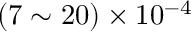
( 7 \sim 2 0 ) \times 1 0 ^ { - 4 }